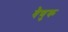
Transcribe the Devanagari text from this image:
वैणुक